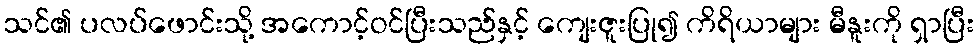
သင်၏ ပလပ်ဖောင်းသို့ အကောင့်ဝင်ပြီးသည်နှင့် ကျေးဇူးပြု၍ ကိရိယာများ မီနူးကို ရှာပြီး